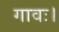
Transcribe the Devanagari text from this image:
गावः।